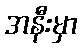
အနီးမှာ